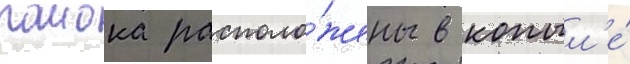
раиона располо́жены в копыл'е́